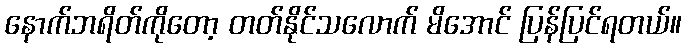
နောက်ဘရိတ်ကိုတော့ တတ်နိုင်သလောက် မိအောင် ပြန်ပြင်ရတယ်။